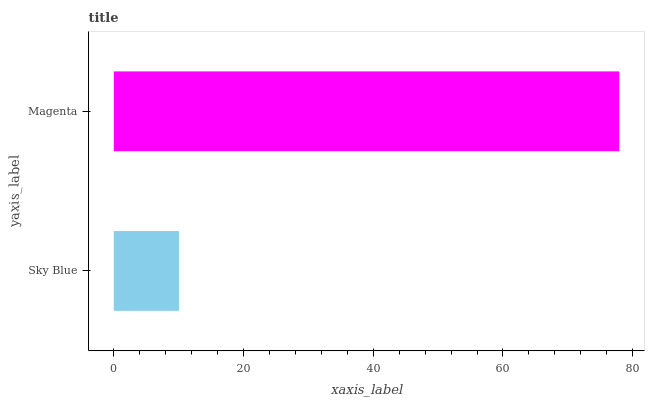
| yaxis_label | bars |
 | --- | --- |
 | Sky Blue | 10 |
 | Magenta | 77.9 |